Annual administration report of the Civil Veterinary Department of India - 1903-1904
Year: 1903
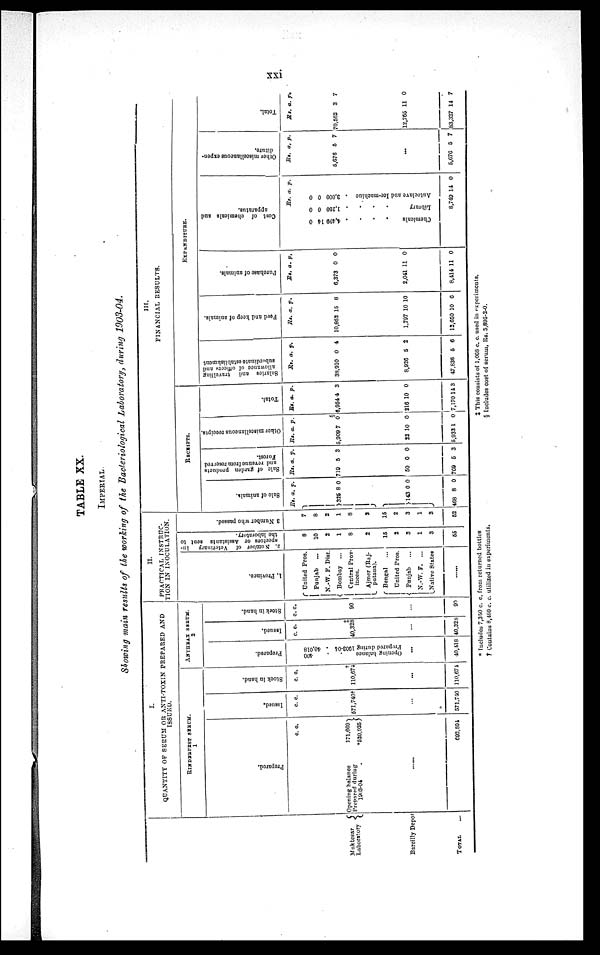
xxi
TABLE XX.
IMPERIAL
Showing main results of the working of the Bacteriological Laboratory, during 1903-04.
Muktesar
Laboratory
Bareilly Depot
TOTAL ...
I.
QUANTITY OF SERUM OR ANTI-TOXIN PREPARED AND
ISSUED.
RINDERPEST
SERUM.
1
Prepared.
c. c.
Opening balance
171,669
Prepared during
1903-04
*520,925
......
692,591
Issued.
c. c.
571,740†
...
571.740
Stock in hand.
c. c.
110,674
...
110,671
ANTHRAX SERUM.
2
Prepared.
400
Opening balance ..
40,018
Prepared during 1903-04 .
...
40,418
Issued.
c. c.
‡
40,328
...
40,328
Stock in hand.
c. c.
90
...
99
II.
PRACTICAL INSTRUC-
TION IN INOCULATION.
1. Province.
United Pros.
Punjab ...
N.-W. F. Dist.
Bombay ...
Central Prov¬
inces.
Ajmer (Raj¬
putana).
Bengal ...
United Pros.
Punjab ...
N.-W. F. ...
Native States
......
2. Number of Veterinary In-
spectors or Assistants sent to
the laboratory.
8
10
2
1
8
2
15
2
3
1
3
55
3 Nu mb e r who passed.
7
8
2
1
8
3
16
2
3
1
3
52
III.
FINANCIAL RESULTS.
RECEIPTS.
Sale of animals.
Rs.
325
143
468 8
a.
8
0
p.
0
0
0
Sal e of garden products
and revenue f r om reserved
For est .
Rs.
719
60
769
a.
5
0
5
p.
3
0
3
Ot her miscellaneous receipts.
Rs.
5,909
23 1
5,933
a.
7
0
1
p.
0
0
0
Total.
Rs.
6,954
216
7,170
a.
4
10
11
p.
3
0
3
EXPENDITURE.
Sal ar i
es and travelling
allowance of officer and
subordinate establishment
Rs.
38,910
8,926
47.836
a.
0
5
5
p.
4
2
6
Feed and keep of animals.
Rs.
10,852
1,797
12,650
a.
15
10
10
p.
8
10
6
Purchase of animals.
Rs.
6,373
2,041
8,414
a.
0
11
11
p.
0
0
0
Cost of chemicals and
apparatus.
0
14
4,499
Chemicals . . . .
0
0
1,250
Library . . . .
0
0
3,000
Aut oc l
a ve and I
c e -
ma c hine .
8,749 14 0
Ot her m i s c e l l a n c o u s expen-
di t ur e.
Rs.
5,676
a.
5
p.
7
...
5,676 5 7
Tot al .
Rs.
70,502
12,765
63,327
a.
3
11
14
p.
7
0
7
* Includes 7,350 c. c. from returned bottles
† Contains 8,480 c. c. utilized in experiments.
‡ This consists of 1,068 c. c. used in experiments.
§ Includes cost of serum, Rs. 5,895-2-0.